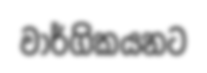
වාර්ගිකයනට